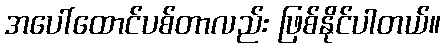
အပေါ်ထောင်ပစ်တာလည်း ဖြစ်နိုင်ပါတယ်။